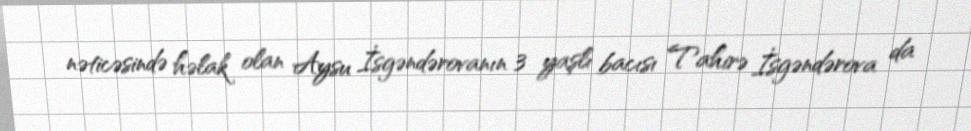
nəticəsində həlak olan Aysu İsgəndərovanın 3 yaşlı bacısı Tahirə İsgəndərova da